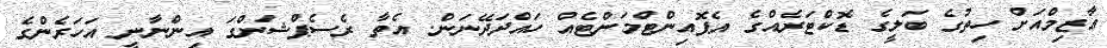
ޢާޒިމްއަށް ހިތުގެ ބަލީގެ ޑޮކްޓަރެއްގެ އެޕޮއިންޓްމަންޓެއް ހައްދަދޭނަން. އެތާ ރެސެޕްޝަންގަ އިންނާނީ އަހަރެންގެ